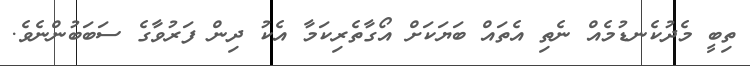
ތިބީ މެދުކެނޑުމެއް ނެތި އެތައް ބަޔަކަށް އޯގާތެރިކަމާ އެކު ދިން ފަރުވާގެ ސަބަބުންނެވެ.